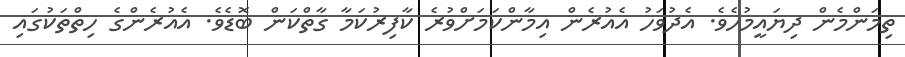
ތިމަންމެން ދިޔައީމުހެވެ. އެދުވަހު އެއުރެން އިމާންކަމަށްވުރެ ކާފިރުކަމާ ގާތްކަން ބޮޑެވެ. އެއުރެންގެ ހިތްތަކުގައި